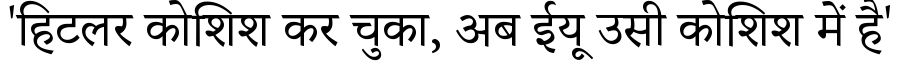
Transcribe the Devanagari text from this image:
'हिटलर कोशिश कर चुका, अब ईयू उसी कोशिश में है'